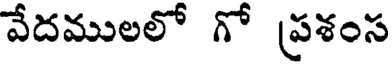
వేదములలో గో ప్రశంస